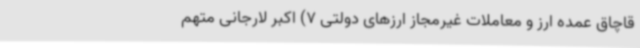
قاچاق عمده ارز و معاملات غیرمجاز ارزهای دولتی 7) اکبر لارجانی متهم